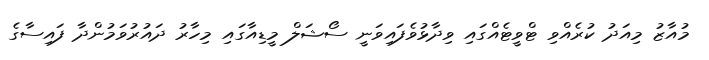
މުއާޒު މިއަދު ކުރެއްވި ޓްވީޓެއްގައި ވިދާޅުވެފައިވަނީ ސޯޝަލް މީޑިއާގައި މިހާރު ދައުރުވަމުންދާ ފައިސާގެ